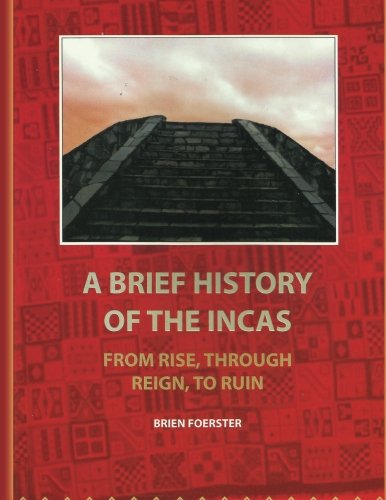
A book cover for A Brief History Of The Incas: From Rise, Through Reign, To Ruin; Brien Foerster; Travel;